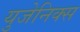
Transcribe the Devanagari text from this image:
युजेनिक्स